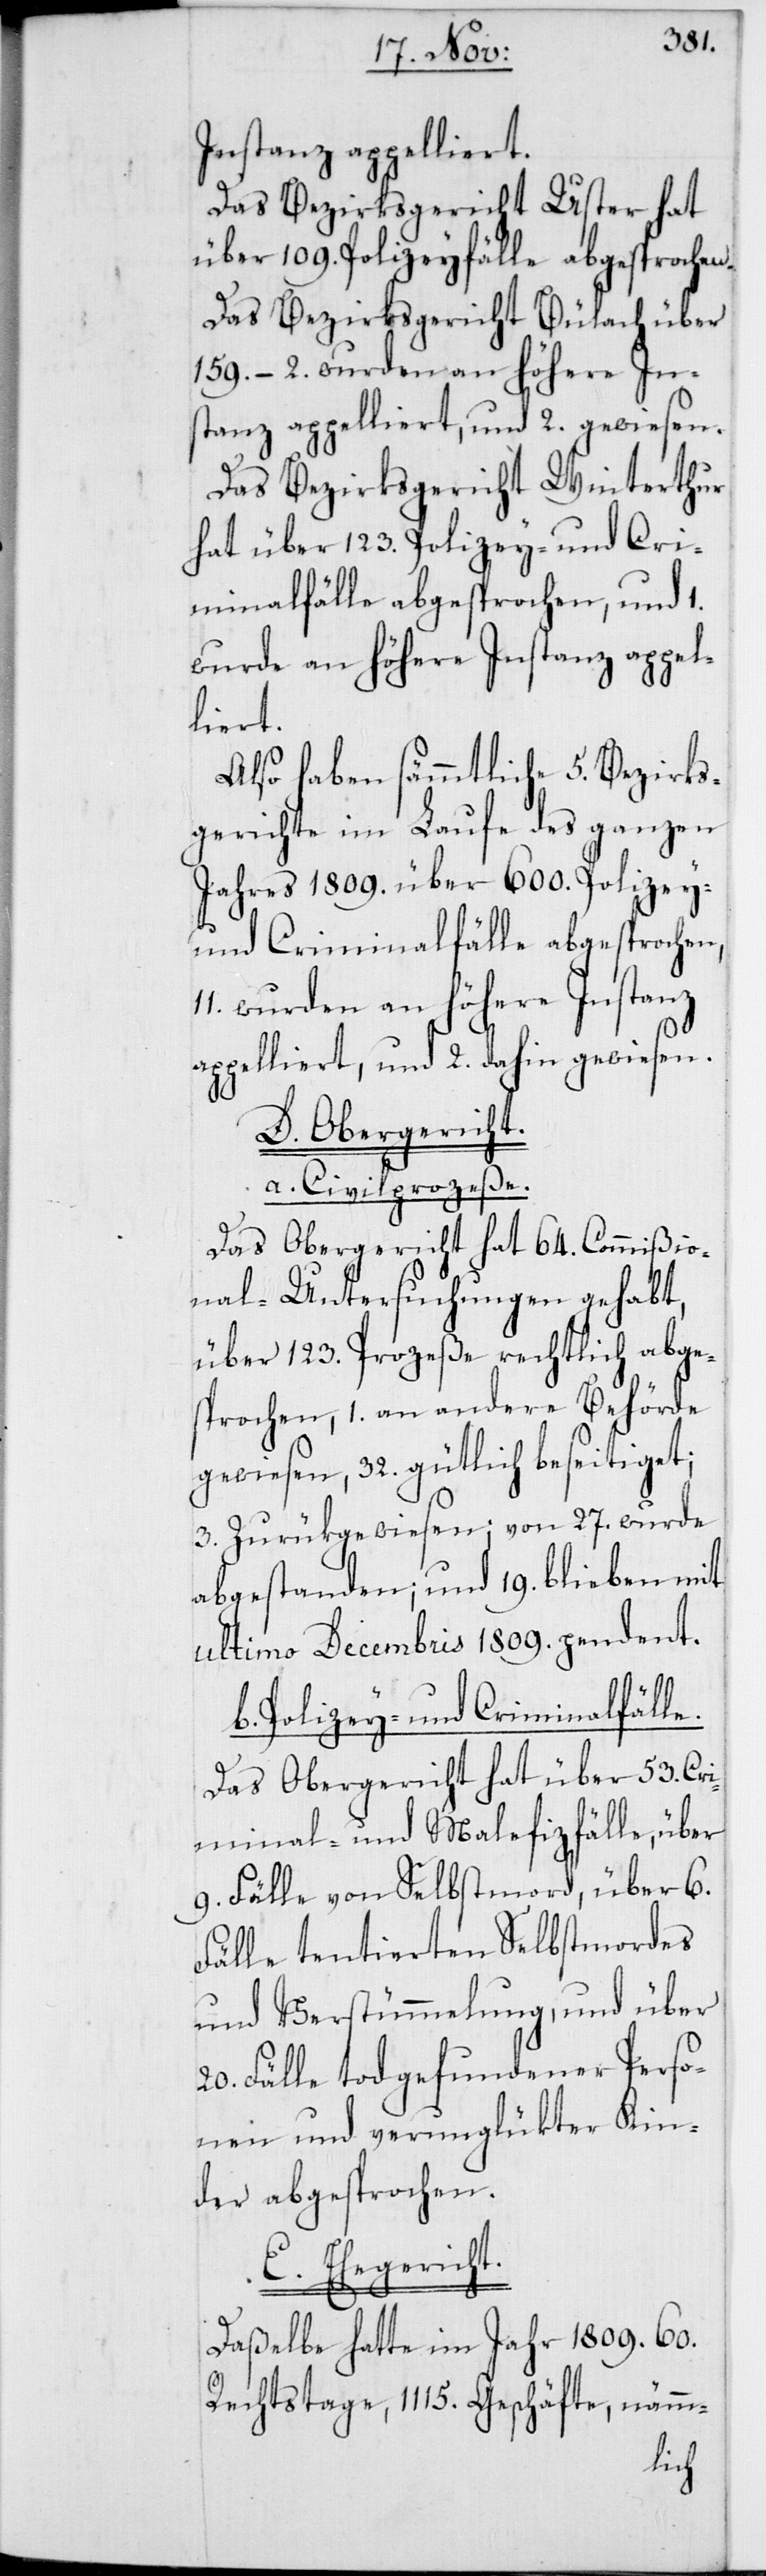
Instanz appelliert.
Das Bezirksgericht Uster hat
über 109. Polizeyfälle abgesprochen.
Das Bezirksgericht Bülach über
159. – 2. wurden an höhere In¬
stanz appelliert, und 2. gewiesen.
Das Bezirksgericht Winterthur
hat über 123. Polizey- und Cri¬
minalfälle abgesprochen, und 1.
wurde an höhere Instanz appel¬
liert.
Also haben sämmtliche 5. Bezirks¬
gerichte im Laufe des ganzen
Jahres 1809. über 600. Polizey-
und Criminalfälle abgesprochen,
11. wurden an höhere Instanz
appelliert, und 2. dahin gewiesen.
D. Obergericht.
a) Civilprozeße.
Das Obergericht hat 64. Commißio¬
nal-Untersuchungen gehabt,
über 123. Prozeße rechtlich abge¬
sprochen, 1. an andere Behörde
gewiesen, 32. gütlich beseitiget;
3. zurükgewiesen; von 27. wurde
abgestanden; und 19. blieben mit
ultimo Decembris 1809. pendent.
Polizey- und Crminalfälle.
Das Obergericht hat über 53. Cri¬
minal- und Malefizfälle, über
9. Fälle von Selbstmord, über 6.
Fälle tentierten Selbstmordes
und Verstümmelung, und über
20. Fälle tod gefundener Perso¬
nen und verunglükter Kin¬
der abgesprochen.
E. Ehegericht.
Daßelbe hatte im Jahr 1809. 60.
Rechtstage, 1115. Geschäfte, nämm-